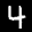
Label: 4